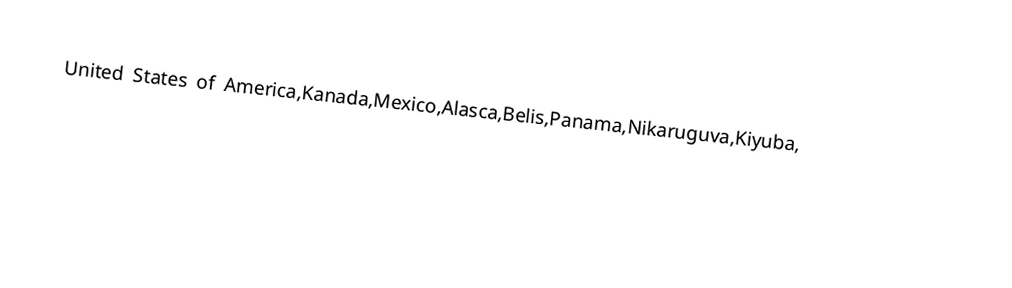
United States of America,Kanada,Mexico,Alasca,Belis,Panama,Nikaruguva,Kiyuba,